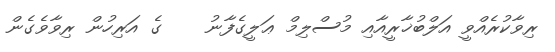
ރިވާކުރެއްވީ އަލްބުޚާރީއާއި މުސްލިމް ޢަލީގެފާނު    ގެ އަރިހުން ރިވާވެގެން